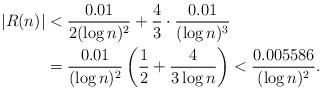
LaTeX: \begin{align*}\lvert R(n)\lvert &<\frac{0.01}{2(\log n)^2}+\frac{4}{3}\cdot \frac{0.01}{(\log n)^3}\\&=\frac{0.01}{(\log n)^2}\left(\frac{1}{2}+\frac{4}{3\log n}\right)<\frac{0.005586}{(\log n)^2}.\end{align*}